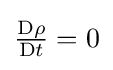
{\textstyle {\frac {\mathrm {D} \rho }{\mathrm {D} t}}=0}